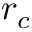
r _ { c }